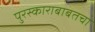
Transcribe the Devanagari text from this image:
पुरस्काराबाबतचा